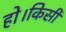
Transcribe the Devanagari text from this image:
हो।किसी